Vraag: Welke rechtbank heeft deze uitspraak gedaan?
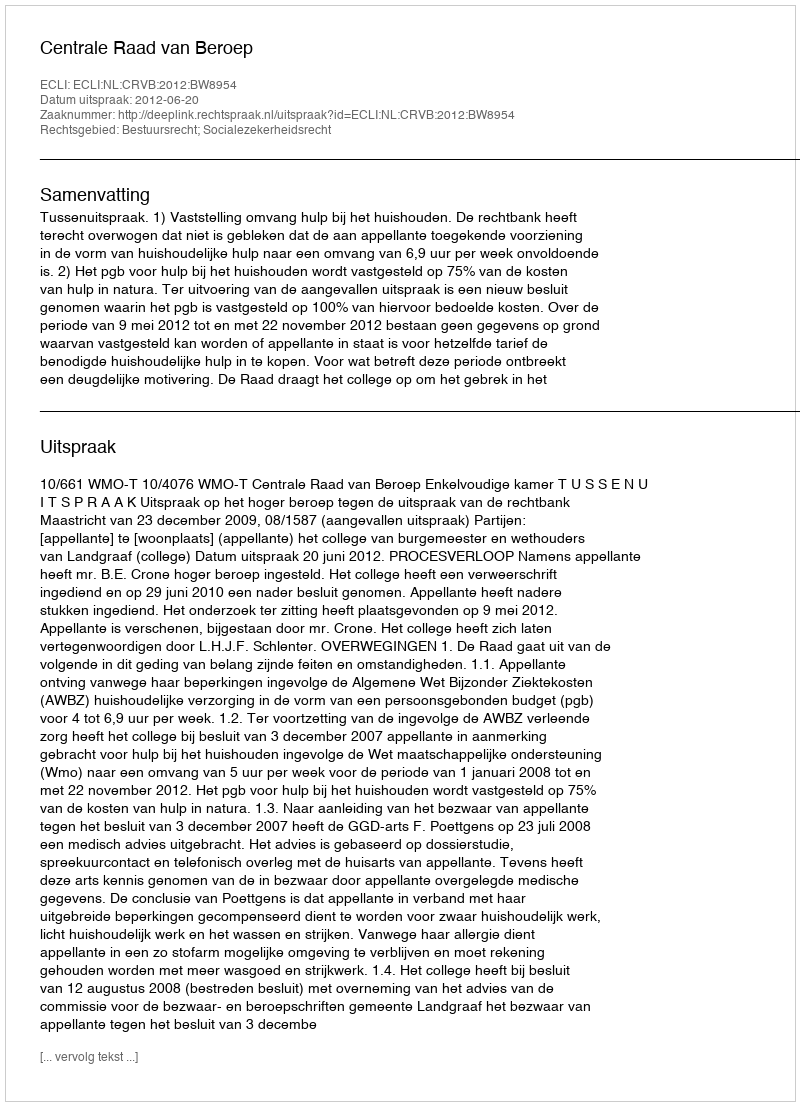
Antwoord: Centrale Raad van Beroep